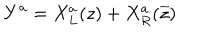
LaTeX: Y ^ { a } = X _ { L } ^ { a } ( z ) + X _ { R } ^ { a } ( \overline { { { z } } } )